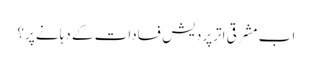
اب مشرقی اترپردیش فسادات کے دہانے پر؟